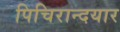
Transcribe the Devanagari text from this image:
पिचिरान्दयार